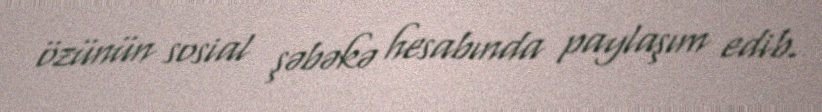
özünün sosial şəbəkə hesabında paylaşım edib.